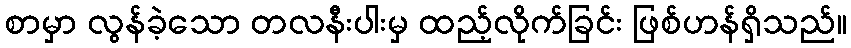
စာမှာ လွန်ခဲ့သော တလနီးပါးမှ ထည့်လိုက်ခြင်း ဖြစ်ဟန်ရှိသည်။